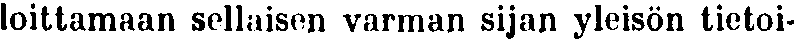
loittamaan sellaisen varman sijan yleisön tietoi-